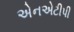
એનએટીપી